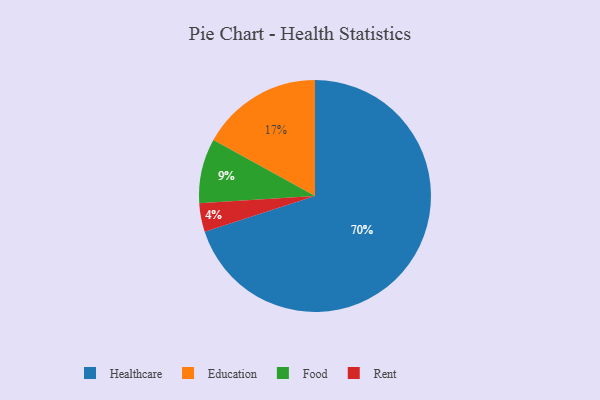
{"axis": {"x": "Category", "y": "Percentage"}, "legend": ["Education", "Food", "Healthcare", "Rent"], "data": [{"x": "Education", "y": 17, "type": "Education"}, {"x": "Rent", "y": 4, "type": "Rent"}, {"x": "Food", "y": 9, "type": "Food"}, {"x": "Healthcare", "y": 70, "type": "Healthcare"}]}